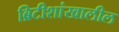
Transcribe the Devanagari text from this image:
ब्रिटीशांखालील